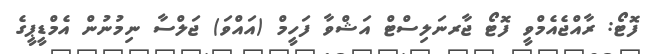
ފޮޓޯ: ރާއްޖެއެމްވީ ފޮޓޯ ޖާރނަލިސްޓް އަޝްވާ ފަހީމް (އައްވަ) ޖަލްސާ ނިމުނުން އެމްޑީޕީގެ